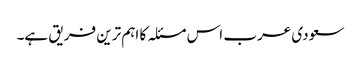
سعودی عرب اس مسئلہ کا اہم ترین فریق ہے۔